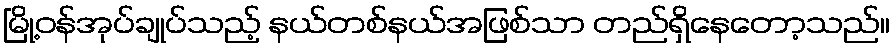
မြို့ဝန်အုပ်ချုပ်သည့် နယ်တစ်နယ်အဖြစ်သာ တည်ရှိနေတော့သည်။